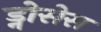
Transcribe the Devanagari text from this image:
ड्नोसेस